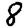
Digit: 8